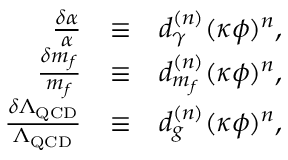
\begin{array} { r l r } { \frac { \delta \alpha } { \alpha } } & { \equiv } & { d _ { \gamma } ^ { ( n ) } ( \kappa \phi ) ^ { n } , } \\ { \frac { \delta m _ { f } } { m _ { f } } } & { \equiv } & { d _ { m _ { f } } ^ { ( n ) } ( \kappa \phi ) ^ { n } , } \\ { \frac { \delta \Lambda _ { \mathrm { Q C D } } } { \Lambda _ { \mathrm { Q C D } } } } & { \equiv } & { d _ { g } ^ { ( n ) } ( \kappa \phi ) ^ { n } , } \end{array}